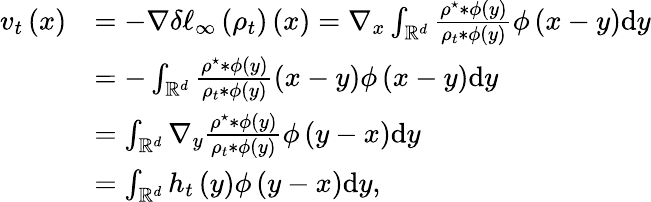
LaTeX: \begin{array}{rl}{v_{t}\left(x\right)}&{=-\nabla\delta\ell_{\infty}\left(\rho_{t}\right)\left(x\right)=\nabla_{x}\int_{\mathbb{R}^{d}}\frac{\rho^{\star}\ast\phi\left(y\right)}{\rho_{t}*\phi\left(y\right)}\phi\left(x-y\right)\mathrm{d}y}\\ &{=-\int_{\mathbb{R}^{d}}\frac{\rho^{\star}\ast\phi\left(y\right)}{\rho_{t}*\phi\left(y\right)}\left(x-y\right)\phi\left(x-y\right)\mathrm{d}y}\\ &{=\int_{\mathbb{R}^{d}}\nabla_{y}\frac{\rho^{\star}\ast\phi\left(y\right)}{\rho_{t}*\phi\left(y\right)}\phi\left(y-x\right)\mathrm{d}y}\\ &{=\int_{\mathbb{R}^{d}}h_{t}\left(y\right)\phi\left(y-x\right)\mathrm{d}y,}\end{array}